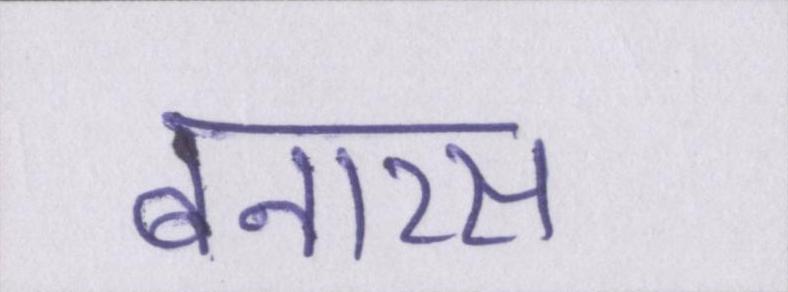
बनारस